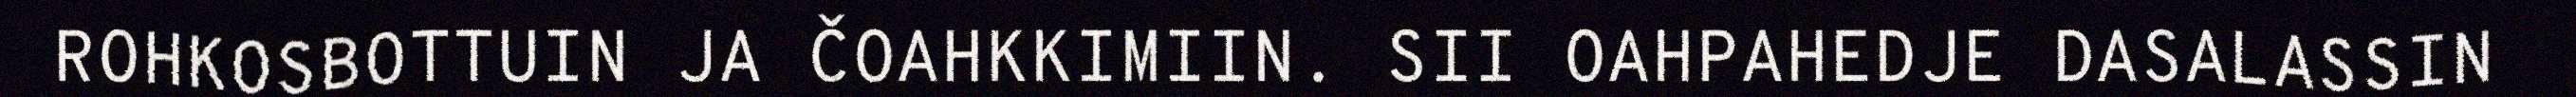
ROHKOSBOTTUIN JA ČOAHKKIMIIN. SII OAHPAHEDJE DASALASSIN